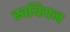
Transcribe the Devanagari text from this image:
स्वबियन